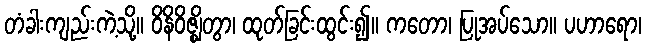
တံခါးကျည်းကဲ့သို့။ ဝိနိဝိဇ္ဈိတွာ၊ ထုတ်ခြင်းထွင်း၍။ ကတော၊ ပြုအပ်သော။ ပဟာရော၊